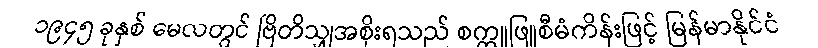
၁၉၄၅ ခုနှစ် မေလတွင် ဗြိတိသျှအစိုးရသည် စက္ကူဖြူစီမံကိန်းဖြင့် မြန်မာနိုင်ငံ